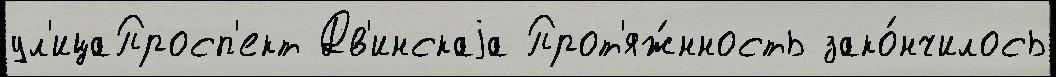
ул'ицаПросп'ект Дв'инскаjа Прот'яж́нность зако́нчилось